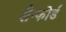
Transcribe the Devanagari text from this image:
सैन्फोर्ड